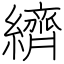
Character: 纃